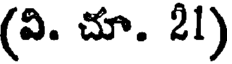
(వి. చూ. 21)